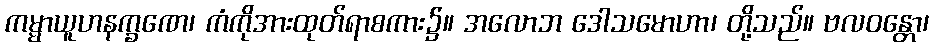
ကမ္မာယူဟနက္ခဏေ၊ ကံကိုအားထုတ်ရာစကား၌။ အလောဘ ဒေါသမောဟာ၊ တို့သည်။ ဗလဝန္တော၊